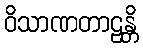
ဝိသာဏတာဠန္တိ